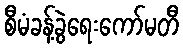
စီမံခန့်ခွဲရေးကော်မတီ